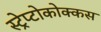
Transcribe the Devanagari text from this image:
स्ट्रेप्टोकोक्कस